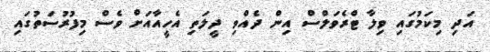
އަދި މިކަމުގައި ވިލާ ޓްރެވަލްސް އިން ދެއްވި ދީލަތި އެހީއާއަށް ވެސް މިފުރުސަތުގައި